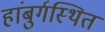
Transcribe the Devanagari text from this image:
हांबुर्गस्थित